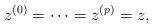
LaTeX: \begin{align*}z^{(0)} = \cdots = z^{(p)} = z,\end{align*}